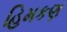
હિમકણ